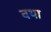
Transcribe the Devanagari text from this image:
वथा